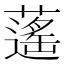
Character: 𦾾